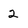
Character: 2